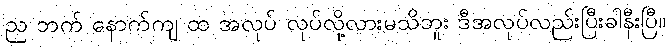
ည ဘက် နောက်ကျ ထ အလုပ် လုပ်လို့လားမသိဘူး ဒီအလုပ်လည်းပြီးခါနီးပြီ။